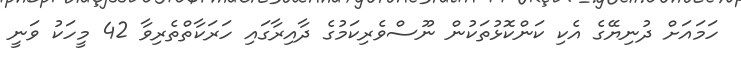
ހަމައަށް ދުނިޔޭގެ އެކި ކަންކޮޅުތަކުން ނޫސްވެރިކަމުގެ ދާއިރާގައި ހަރަކާތްތެރިވާ 42 މީހަކު ވަނީ